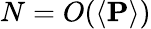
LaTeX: N=O(\left<\mathbf{P}\right>)